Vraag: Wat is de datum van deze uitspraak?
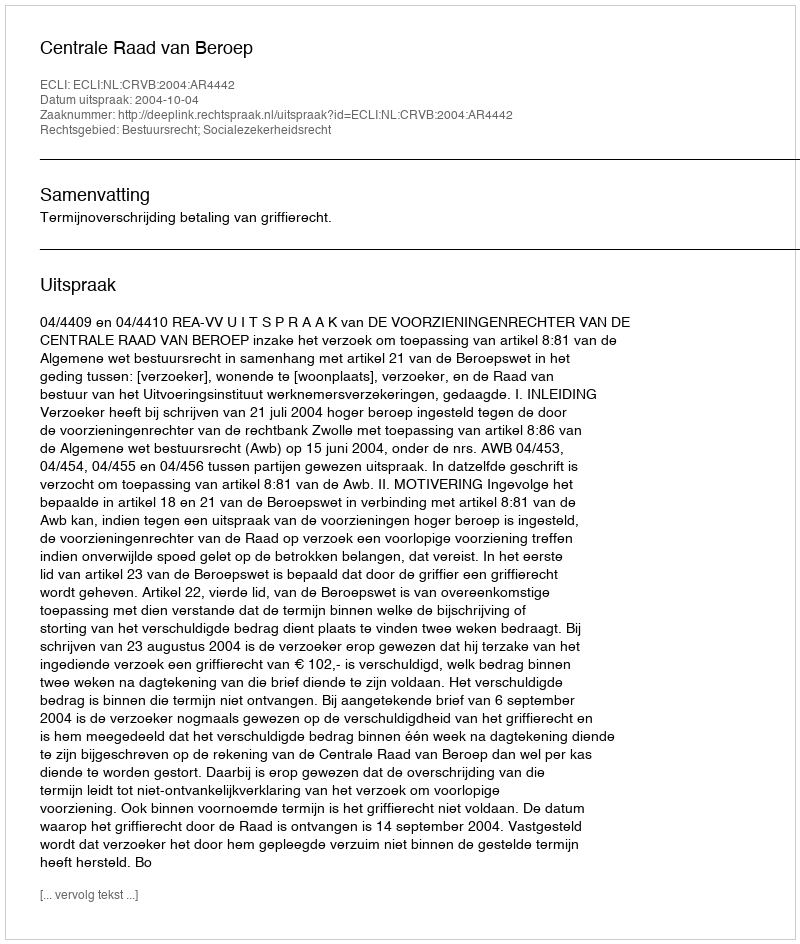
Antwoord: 2004-10-04